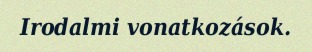
Irodalmi vonatkozások.